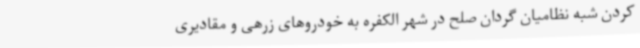
کردن شبه نظامیان گردان صلح در شهر الکفره به خودروهای زرهی و مقادیری